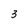
Character: 3